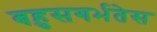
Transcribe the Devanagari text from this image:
बहुसगर्भतेस